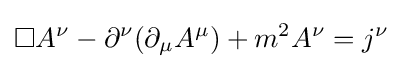
\Box A^{\nu }-\partial ^{\nu }(\partial _{\mu }A^{\mu })+m^{2}A^{\nu }=j^{\nu }